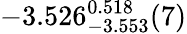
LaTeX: -3.526_{-3.553}^{0.518}(7)